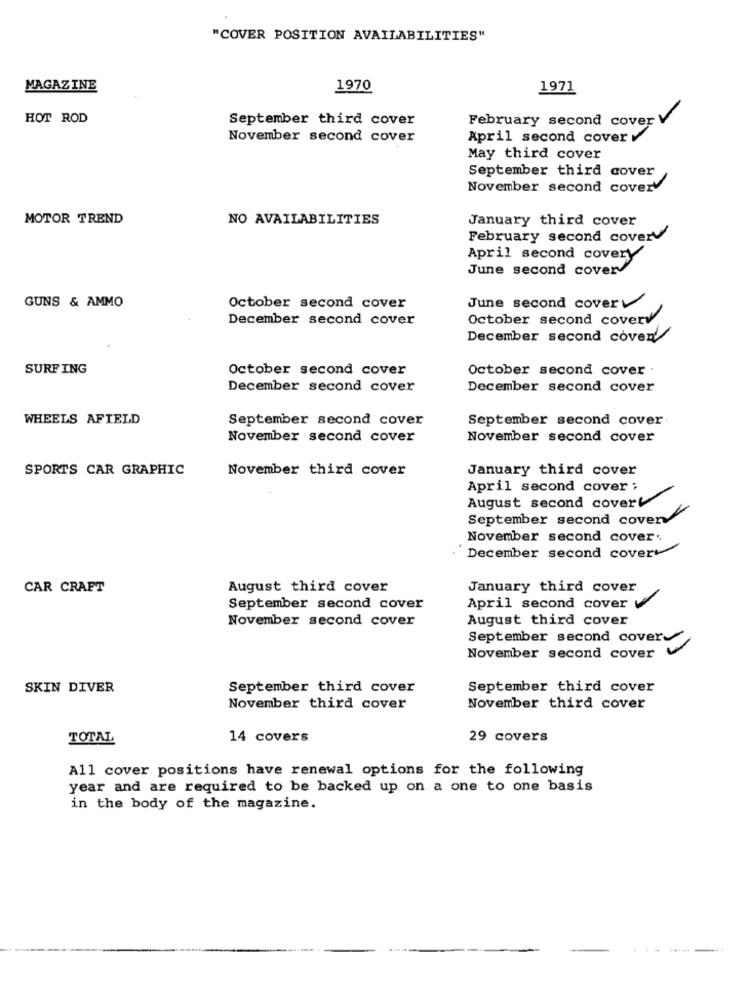
"COVER POSITION AVAILABILITIES"
MAGAZINE
1970
1971
HOT ROD
September third cover
February second cover V
November second cover
April second cover v
May third cover
September third cover
November second cover
MOTOR TREND
NO AVAILABILITIES
January third cover
February second cover
April second covery
June second cover/
GUNS & AMMO
June second cover
October second cover
December second cover
October second coverv.
December second cover
SURFING
October second cover
October second cover.
December second cover
December second cover
WHEELS AFIELD
September second cover
September second cover
November second cover
November second cover
SPORTS CAR GRAPHIC
November third cover
January third cover
April second cover ;
August second cover
September second coverv
November second cover.
. December second coverw
CAR CRAFT
August third cover
January third cover
September second cover
April second cover
November second cover
August third cover
September second cover
November second cover
SKIN DIVER
September third cover
September third cover
November third cover
November third cover
TOTAL
14 covers
29 covers
All cover positions have renewal options for the following
year and are required to be backed up on a one to one basis
in the body of the magazine.